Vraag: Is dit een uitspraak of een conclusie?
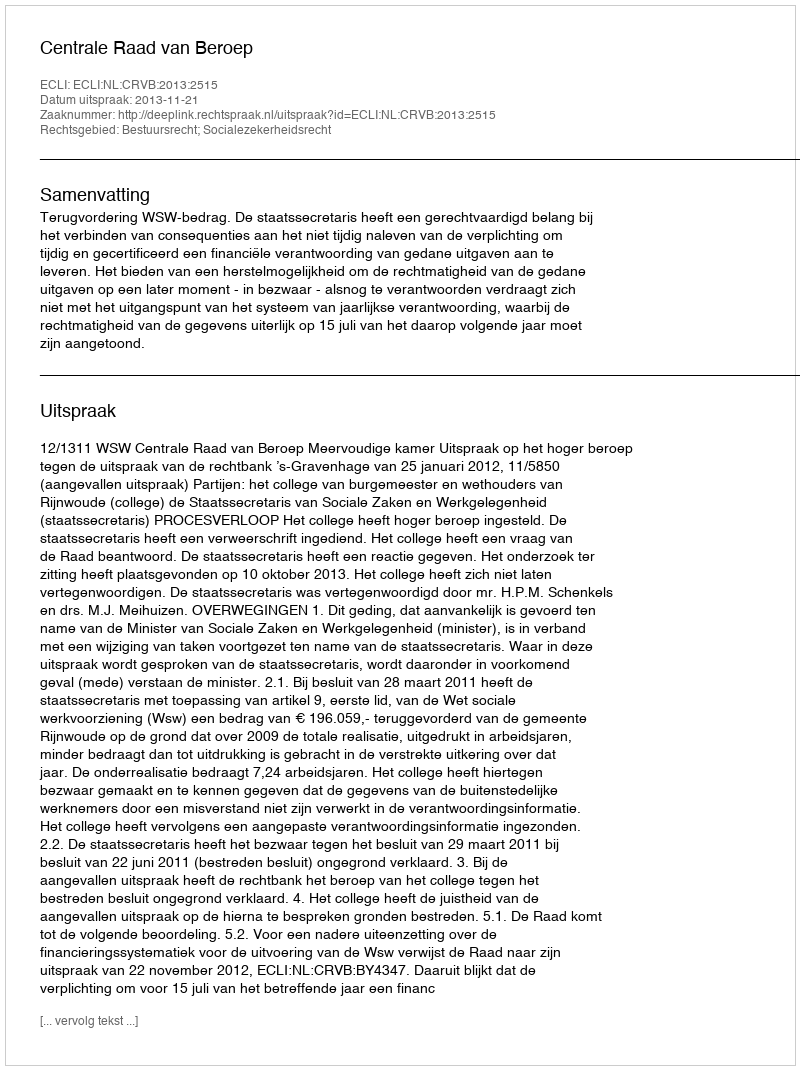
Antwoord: Uitspraak